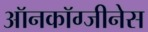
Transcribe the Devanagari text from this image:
ऑनकॉग्जीनेस